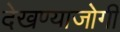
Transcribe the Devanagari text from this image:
देखण्याजोगी